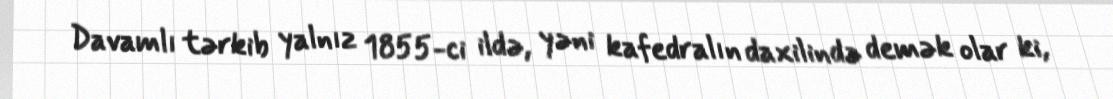
Davamlı tərkib yalnız 1855-ci ildə, yəni kafedralın daxilində demək olar ki,